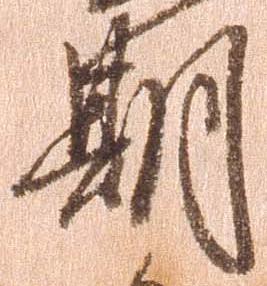
期